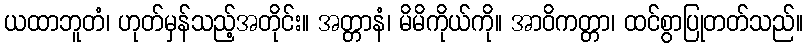
ယထာဘူတံ၊ ဟုတ်မှန်သည့်အတိုင်း။ အတ္တာနံ၊ မိမိကိုယ်ကို။ အာဝိကတ္တာ၊ ထင်စွာပြုတတ်သည်။